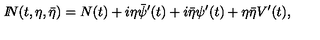
{ I \! \! N } ( t , \eta , \bar { \eta } ) = N ( t ) + i \eta \bar { \psi } ^ { \prime } ( t ) + i \bar { \eta } \psi ^ { \prime } ( t ) + \eta \bar { \eta } V ^ { \prime } ( t ) ,